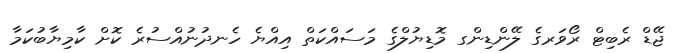
ޖޭޑް ރެބިޓް ރޯވަރގެ ލޭންޑިންގ މޮޑިޔުލްގެ މަސައްކަތް އިއްޔެ ހެނދުނުއްސުރެ ކޮށް ކާމިޔާބުކަމާ